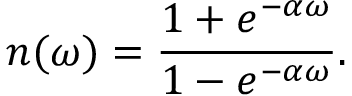
n ( \omega ) = { \frac { 1 + e ^ { - \alpha \omega } } { 1 - e ^ { - \alpha \omega } } } .